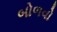
બોળવો